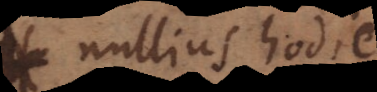
nullius hodie